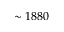
\sim 1 8 8 0